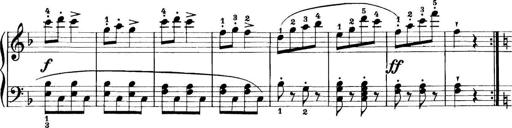
Title: 11 Sonatinas
Composer: Anton Diabelli